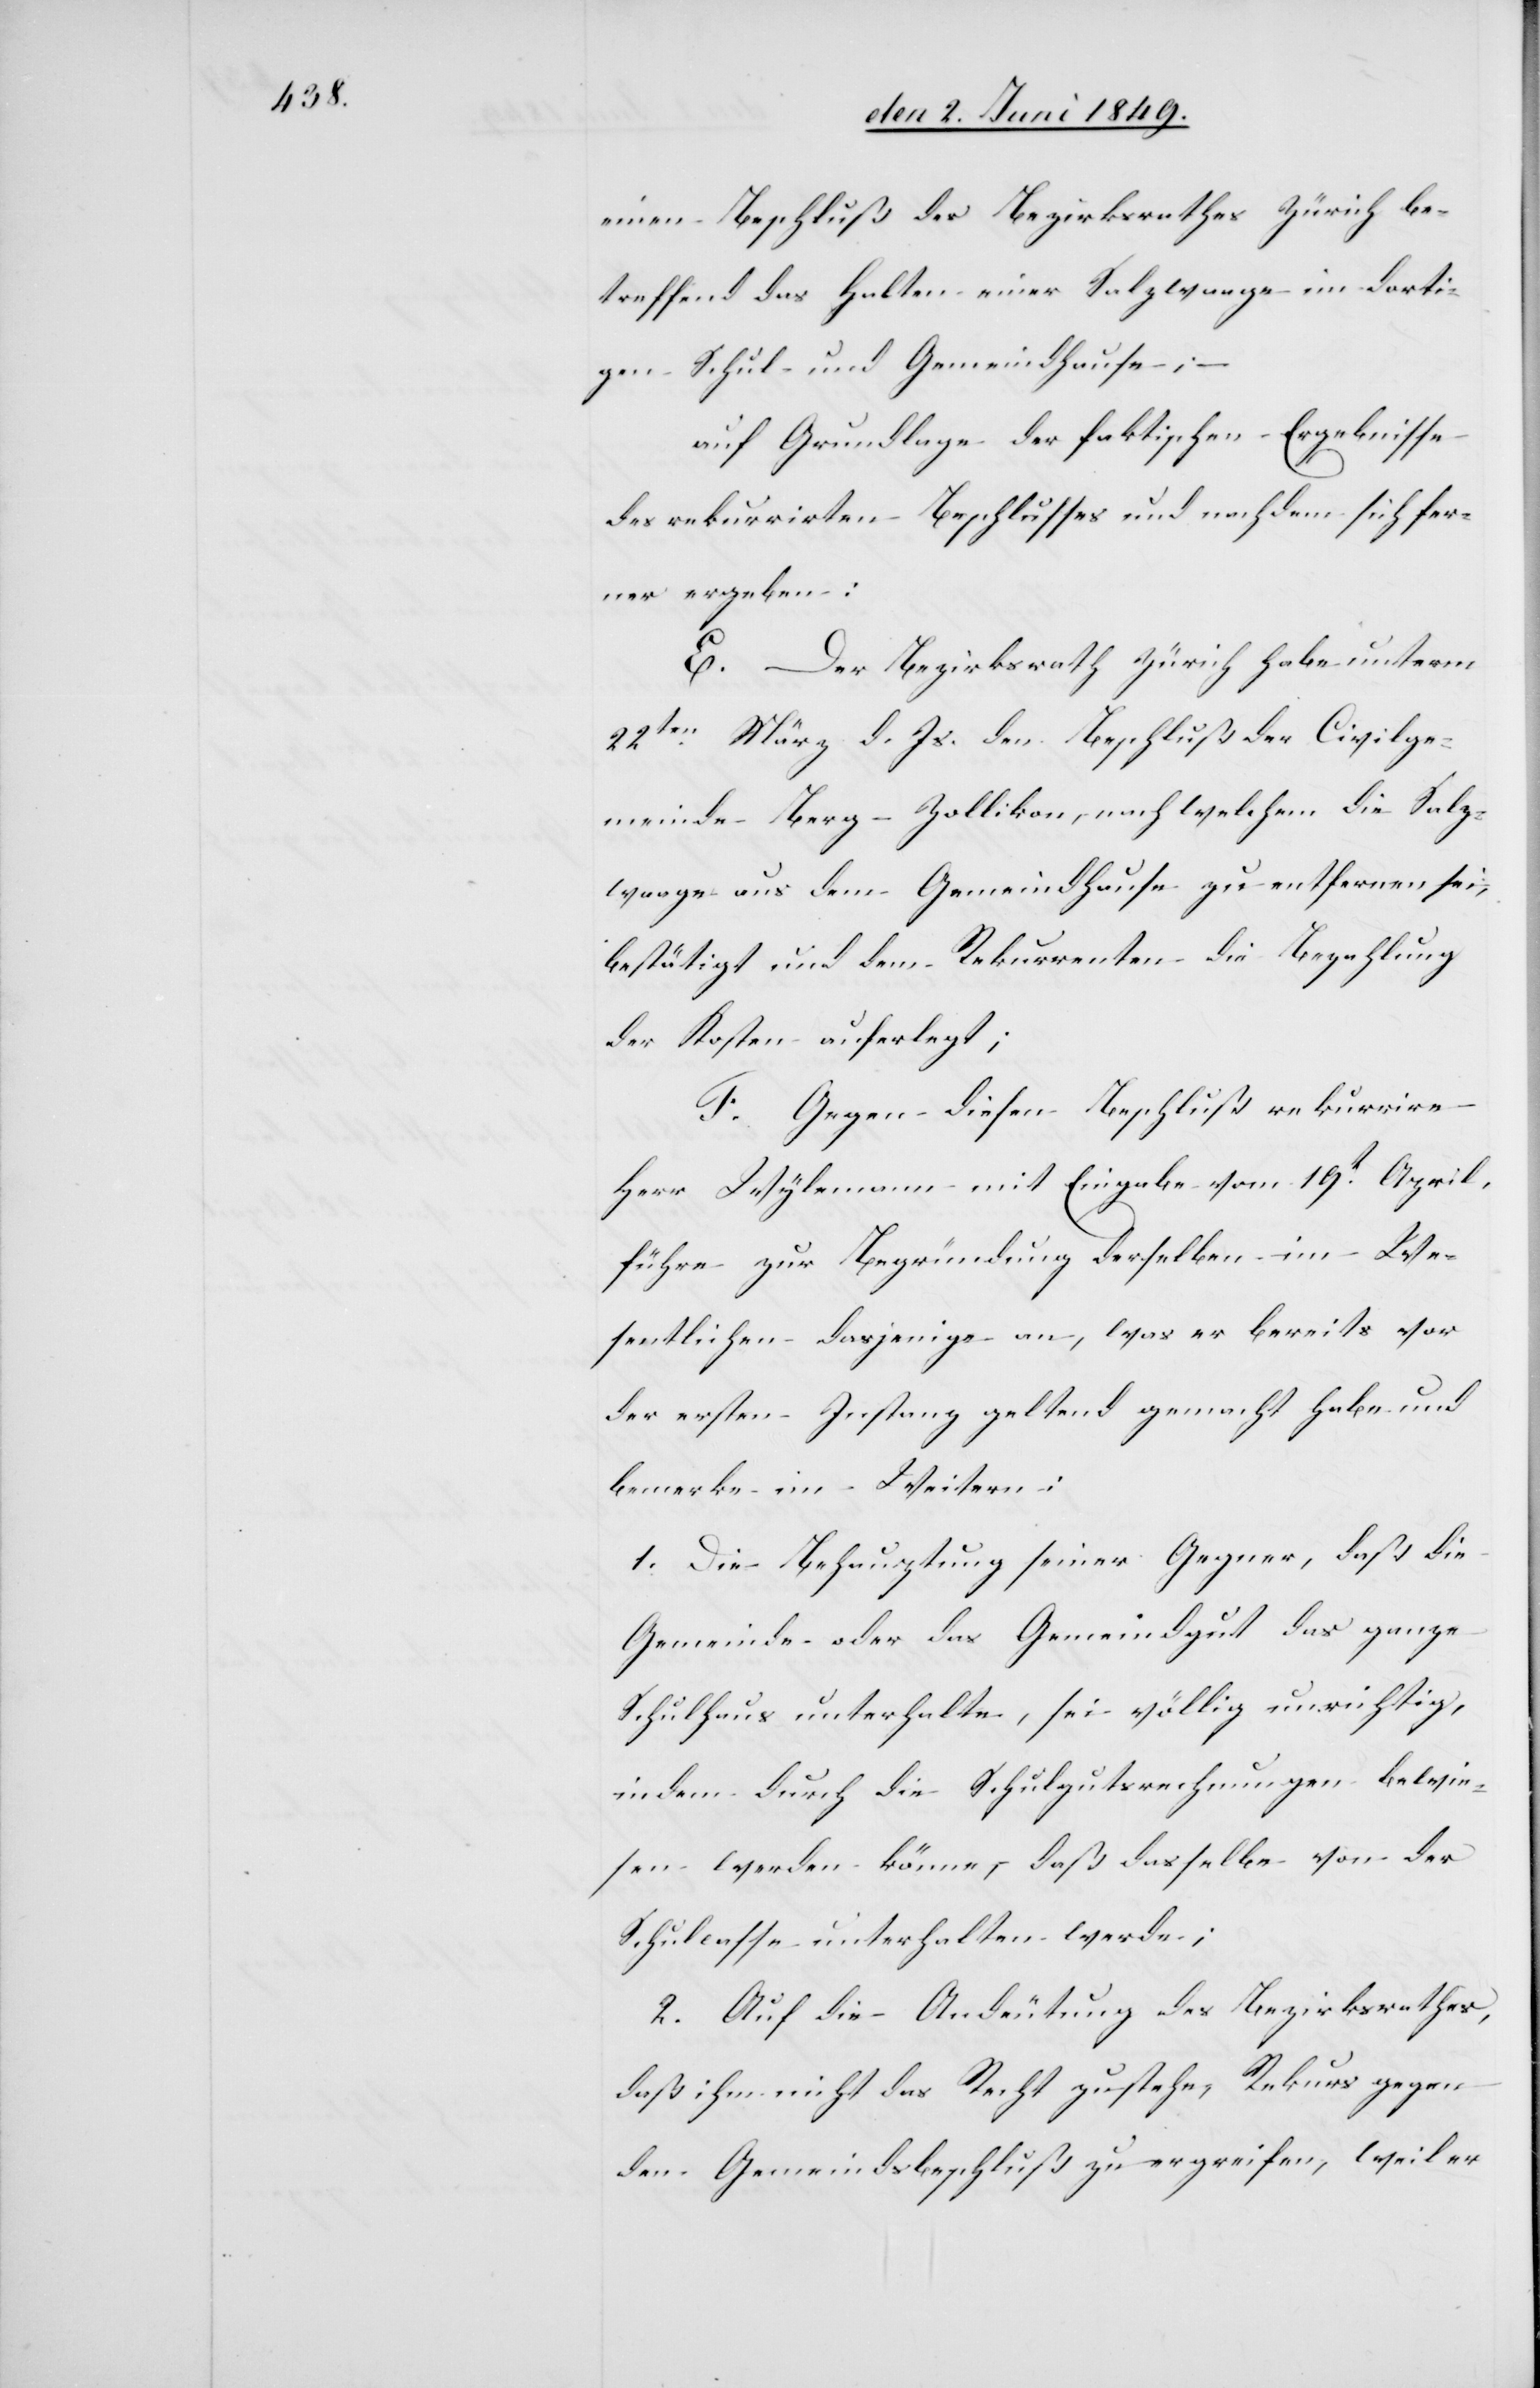
einen Beschluß des Bezirksrathes Zürich be¬
treffend das Halten einer Salzwaage im dorti¬
gen Schul- und Gemeindhause; –
auf Grundlage der faktischen Ergebnisse
des rekurrirten Beschlusses und nachdem sich fer¬
ner ergeben:
E. Der Bezirksrath Zürich habe unterm
22ten März d. Js. den Beschluß der Civilge¬
meinde Berg-Zollikon, nach welchem die Salz¬
waage aus dem Gemeindhause zu entfernen sei,
bestätigt und dem Rekurrenten die Bezahlung
der Kosten auferlegt;
F. Gegen diesen Beschluß rekurrire
Herr Wylemann mit Eingabe vom 19t April,
führe zur Begründung derselben im We¬
sentlichen dasjenige an, was er bereits vor
der ersten Instanz geltend gemacht habe und
bemerke im Weitern:
1. Die Behauptung seiner Gegner, daß die
Gemeinde oder das Gemeindgut das ganze
Schulhaus unterhalte, sei völlig unrichtig,
indem durch die Schulgutsrechnungen bewie¬
sen werden könne, daß dasselbe von der
Schulcasse unterhalten werde;
2. Auf die Andeutung des Bezirksrathes,
daß ihm nicht das Recht zustehe, Rekurs gegen
den Gemeindsbeschluß zu ergreifen, weil er